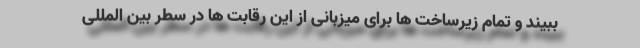
ببیند و تمام زیرساخت ها برای میزبانی از این رقابت ها در سطر بین المللی